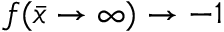
f ( \bar { x } \rightarrow \infty ) \rightarrow - 1